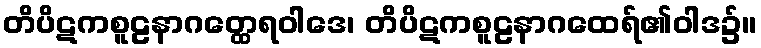
တိပိဋကစူဠနာဂတ္ထေရဝါဒေ၊ တိပိဋကစူဠနာဂထေရ်၏ဝါဒ၌။